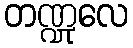
တဏ္ဍုလေ